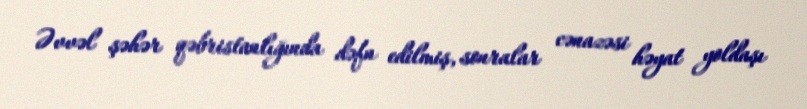
Əvvəl şəhər qəbristanlığında dəfn edilmiş, sonralar cənazəsi həyat yoldaşı